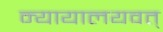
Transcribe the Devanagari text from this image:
न्यायालयवत्